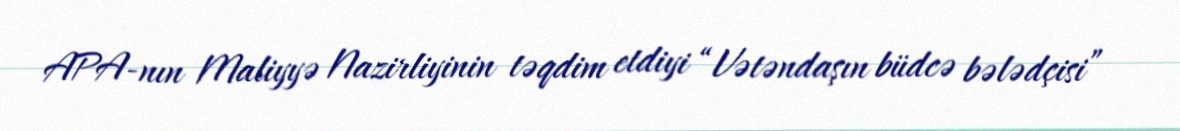
APA-nın Maliyyə Nazirliyinin təqdim etdiyi “Vətəndaşın büdcə bələdçisi”